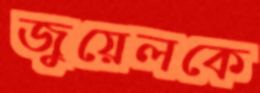
জুয়েলকে